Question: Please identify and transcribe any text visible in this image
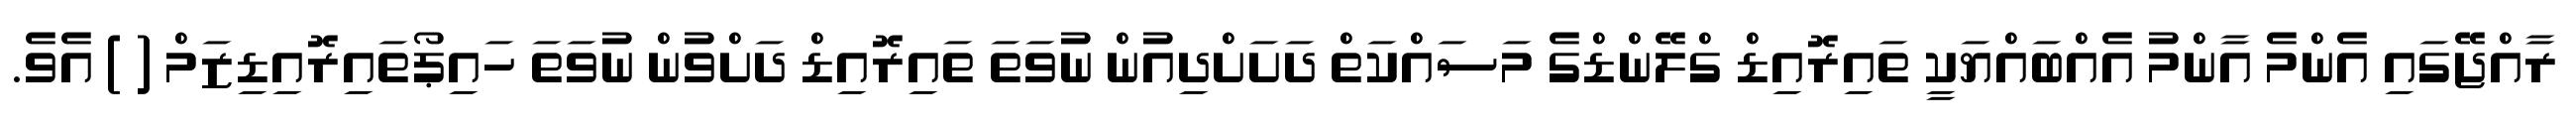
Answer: ރާއްޖޭގައި އެންމެ އާންމު އެއްބައްޔަކީ ތައިރޮއިޑް ގްލޭންޑްގެ މަސައްކަތް ދަށަށްދިއުން ނުވަތަ ތައިރޮއިޑް ދަށްވުން ނުވަތަ ހައިޕޯތައިރޮއިޑިޒަމް ( ) އެވެ.